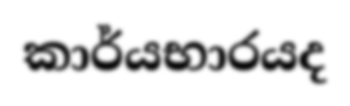
කාර්යභාරයද